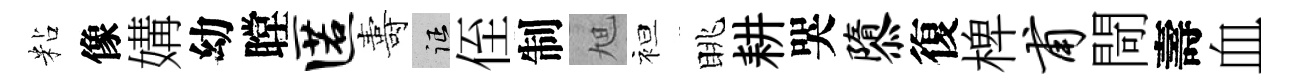
粘像媾幼瞠匿夀征侄制旭袒眺耕哭隳復椑甫閜壽血